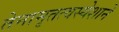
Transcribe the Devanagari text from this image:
तेनामृतत्वस्येशाने